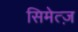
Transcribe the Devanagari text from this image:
सिमेत्ज़